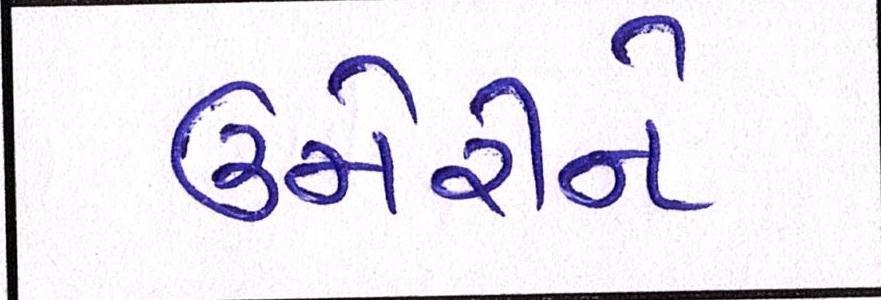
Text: ઉમેરીને